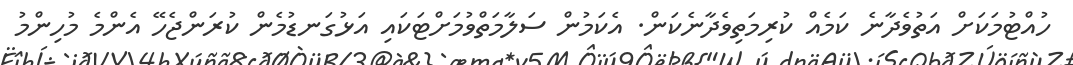
ހުއްޓުމަކަށް އަތުވެދާނެ ކަމެއް ކުރިމަތިވެދާނެކަން. އެކަމުން ސަލާމަތްވުމަށްޓަކައި އަޅުގަނޑުމެން ކުރަންޖެހޭ އެންމެ މުހިންމު